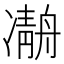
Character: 𠘒